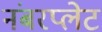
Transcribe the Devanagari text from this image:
नंबरप्लेट